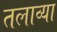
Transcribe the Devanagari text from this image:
तलाव्या